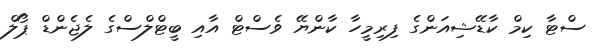
ސްޓާ ކިމް ކާޑޭޝިއަންގެ ފިރިމީހާ ކާންޔޭ ވެސްޓް އާއި ބީޓްލްސްގެ ލެޖެންޑް ޕޯލް